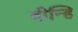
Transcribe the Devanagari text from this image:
दीन्हि